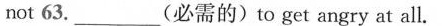
not 63. ___ (必需的)to get angry at all.